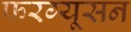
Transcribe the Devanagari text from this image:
फरग्यूसन